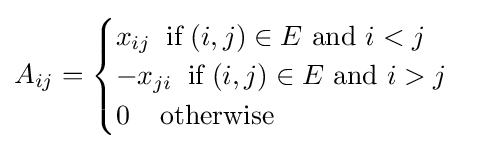
A_{ij}={\begin{cases}x_{ij}\;\;{\mbox{if}}\;(i,j)\in E{\mbox{ and }}i<j\\-x_{ji}\;\;{\mbox{if}}\;(i,j)\in E{\mbox{ and }}i>j\\0\;\;\;\;{\mbox{otherwise}}\end{cases}}